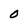
Character: O